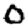
Digit: 0